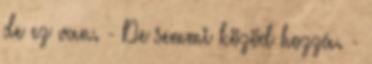
de ez van. - De semmi közöd hozzá. -